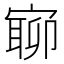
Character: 𡪉